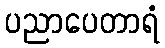
ပညာပေတာရံ